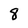
Character: 8